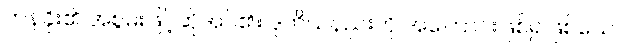
တန်ခိုး၏ အစွမ်းဖြင့်ဆိုအပ်၏။ ဒုတိယနည်းကို အကြောင်းဖြစ်၍ဖြစ်သော